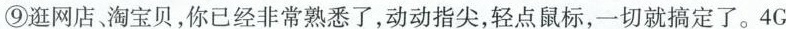
⑨逛网店。淘宝贝，你已经非常熟悉了，动动指尖，轻点鼠标，一切就搞定了。4G